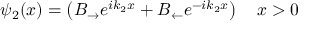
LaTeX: \psi _ { 2 } ( x ) = \left( B _ { \rightarrow } e ^ { i k _ { 2 } x } + B _ { \leftarrow } e ^ { - i k _ { 2 } x } \right) \quad x > 0